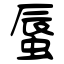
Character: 蜃